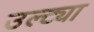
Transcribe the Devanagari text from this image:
उल्ट्या